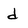
Character: d